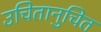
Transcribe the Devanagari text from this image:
उचितानुचित